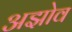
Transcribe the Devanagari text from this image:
अझोव